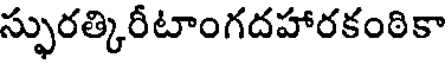
స్ఫురత్కిరీటాంగదహారకంఠికా